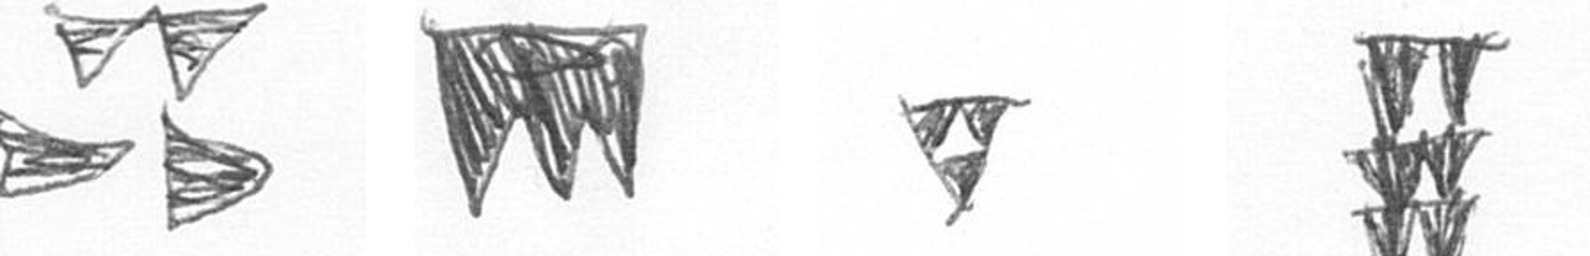
B L S Y